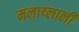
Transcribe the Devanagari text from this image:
मलाय्लाली